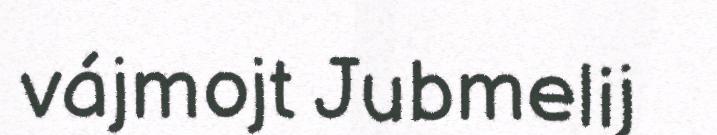
vájmojt Jubmelij